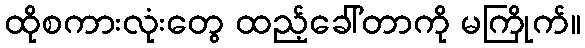
ထိုစကားလုံးတွေ ထည့်ခေါ်တာကို မကြိုက်။